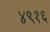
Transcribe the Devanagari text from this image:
४९१६